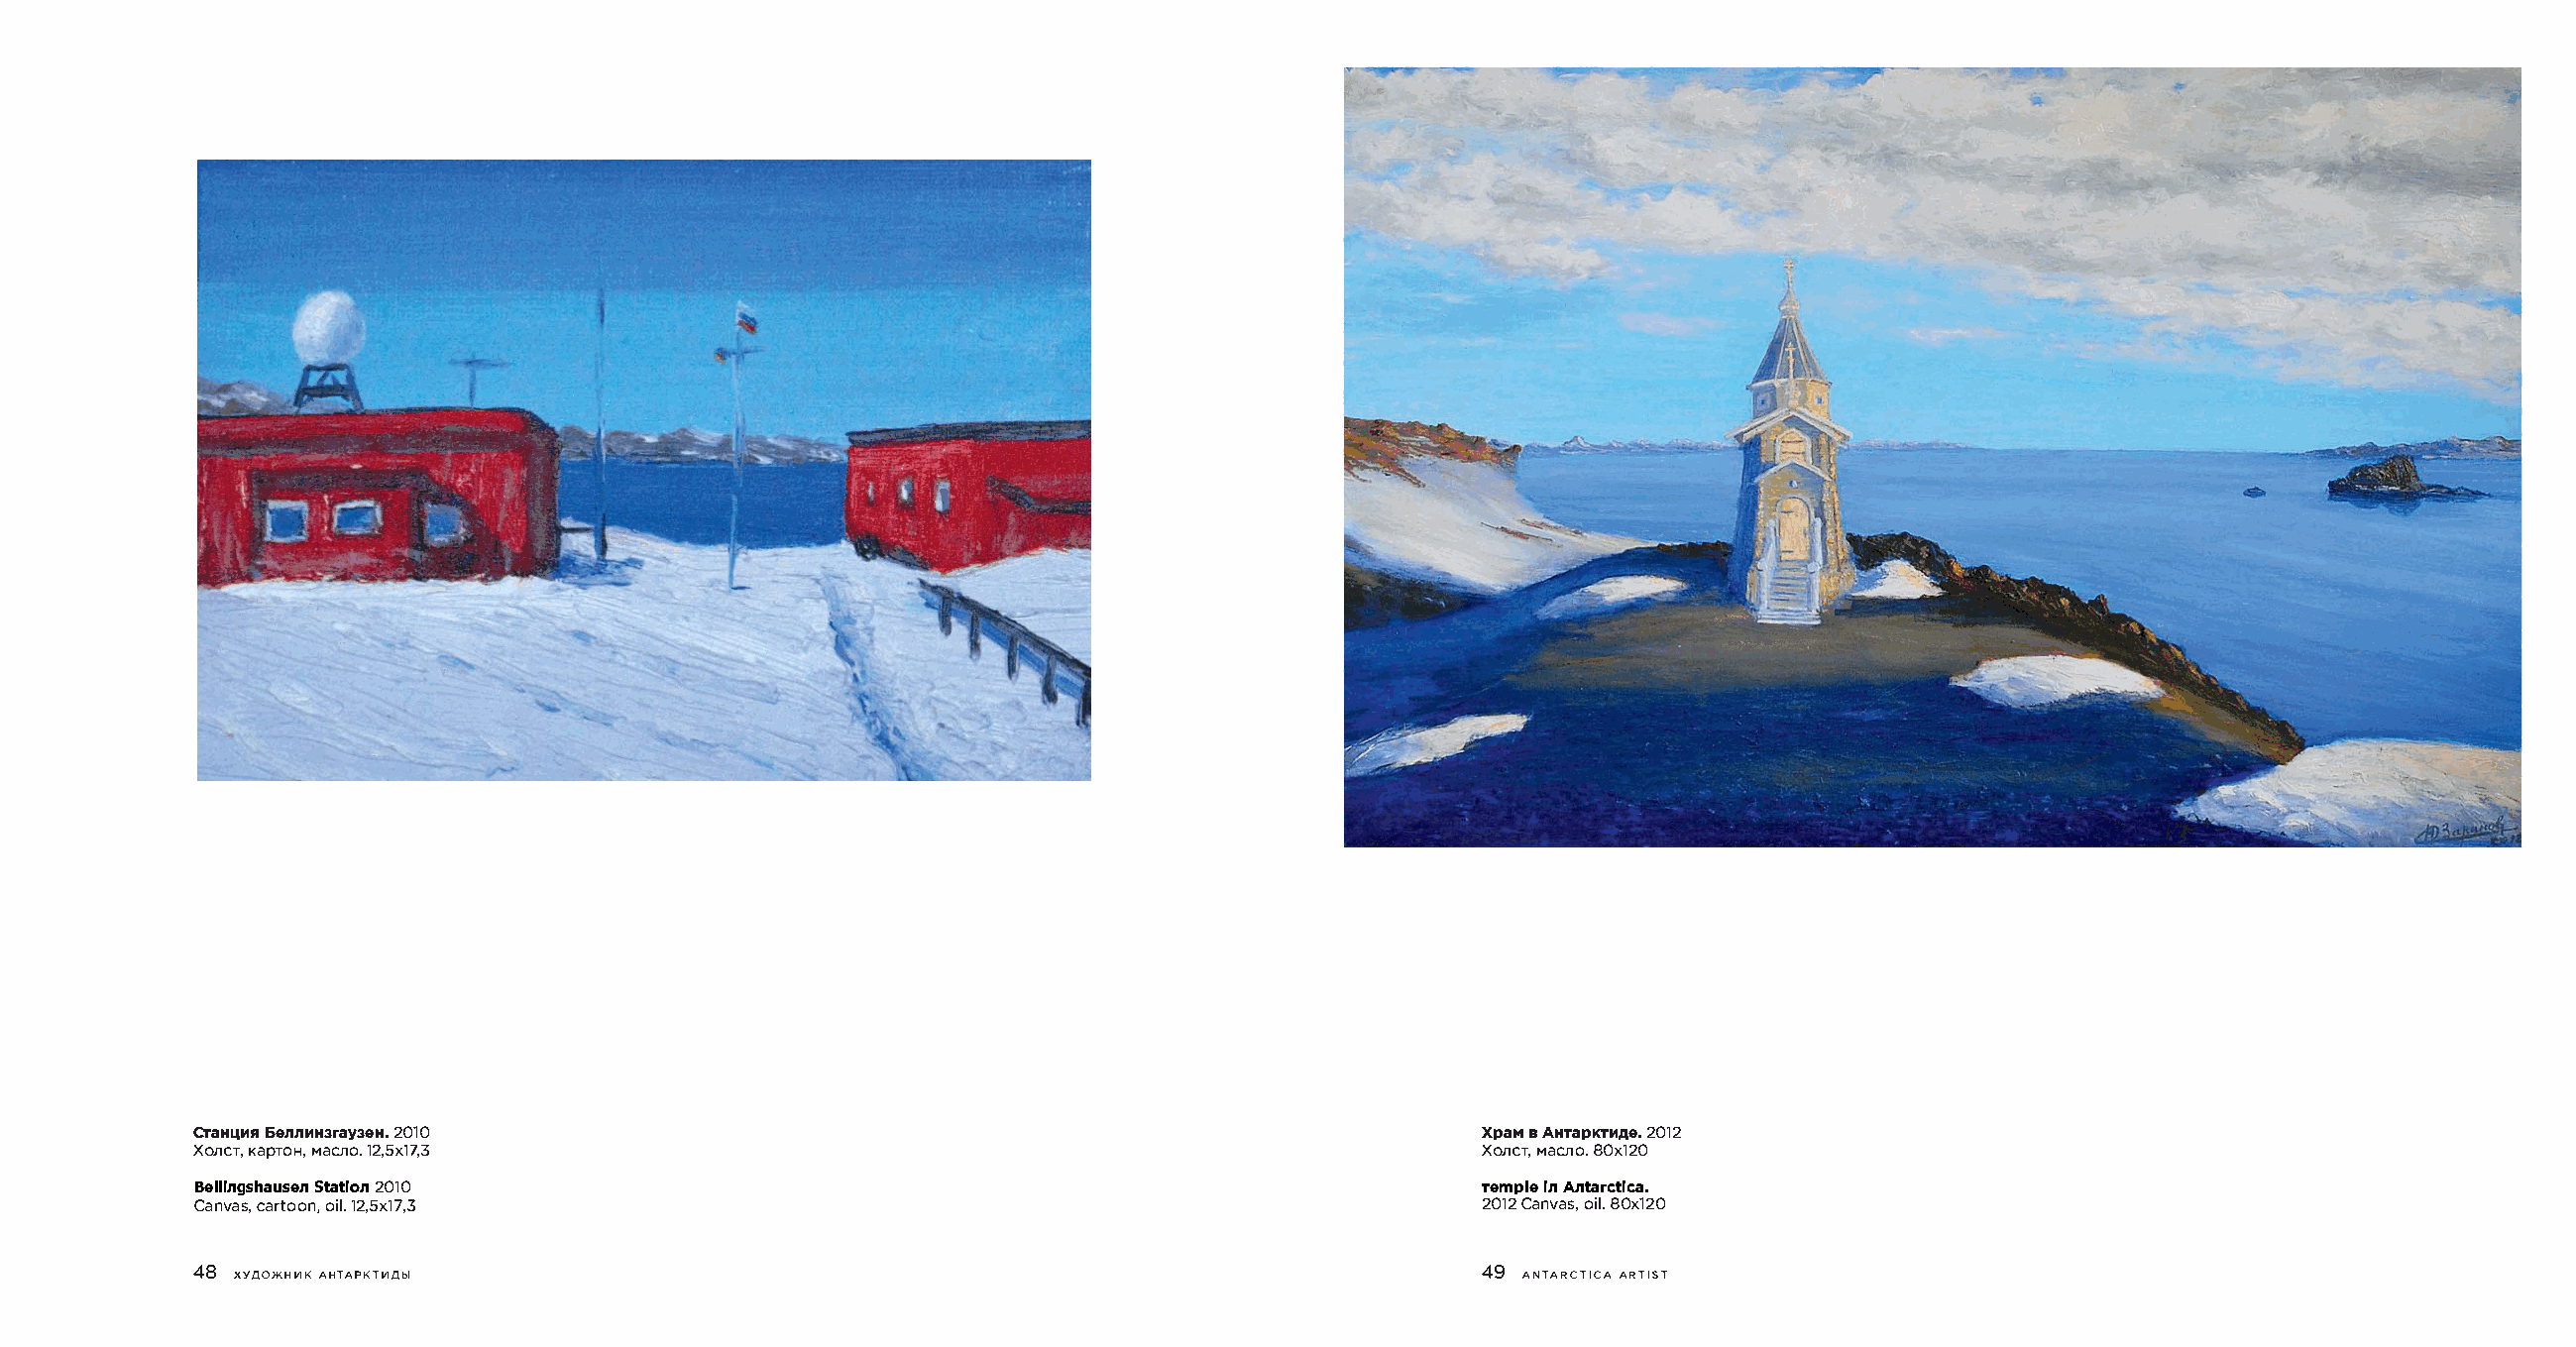
CTaHI.IMR 6ennM2H031r0a y3eH.                                                         XpaMaA HTapKT2M0A1e2.
 XonC KTa,pTOMaHe,no .2 ,1Sxl?,3                                                       XonC, MTaeno80.x 120
 BellingshauSsteant i2o0n1 0                                                           Temple in Antarctica.
 Cavnas, cartoooi1nl2,., Sx17,3                                                        2012 Caoinl8v0.ax s1,2 0
 48 XYAO>KHHK AHTAPKTHAbl                                                              49 A NTARCTICAA RTIST